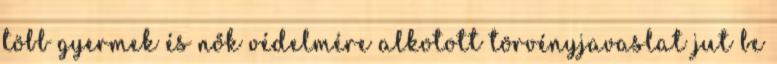
több gyermek és nők védelmére alkotott törvényjavaslat jut be